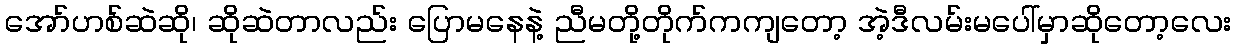
အော်ဟစ်ဆဲဆို၊ ဆိုဆဲတာလည်း ပြောမနေနဲ့ ညီမတို့တိုက်ကကျတော့ အဲ့ဒီလမ်းမပေါ်မှာဆိုတော့လေး